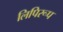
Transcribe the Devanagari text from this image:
लिपिरूप